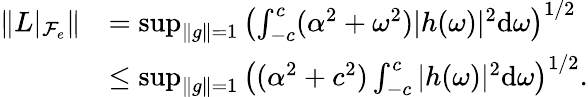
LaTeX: \begin{array}{rl}{\| L|_{\mathcal{F}_{e}}\| }&{=\operatorname*{sup}_{\| g\| =1}\left(\int_{-c}^{c}(\alpha^{2}+\omega^{2})|h(\omega)|^{2}\mathrm{d}\omega\right)^{1/2}}\\ &{\le\operatorname*{sup}_{\| g\| =1}\left((\alpha^{2}+c^{2})\int_{-c}^{c}|h(\omega)|^{2}\mathrm{d}\omega\right)^{1/2}.}\end{array}